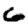
Digit: 6